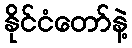
နိုင်ငံတော်နဲ့